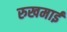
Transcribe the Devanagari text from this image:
रुखमाई